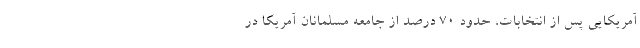
آمریکایی پس از انتخابات، حدود 70 درصد از جامعه مسلمانان آمریکا در